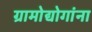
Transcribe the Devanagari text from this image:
ग्रामोद्योगांना